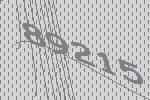
89215